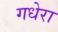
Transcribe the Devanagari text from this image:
गधेरा